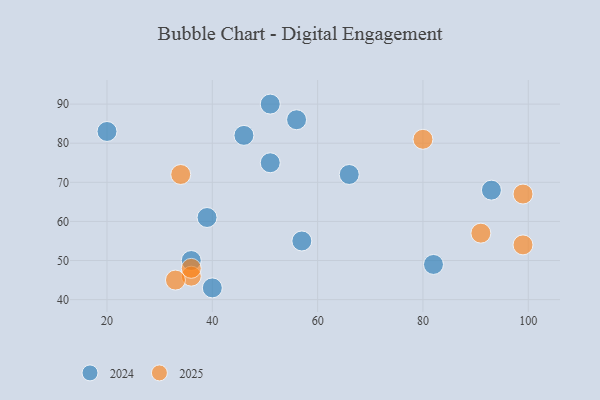
{"axis": {"x": "GDP", "y": "Life Expectancy"}, "legend": ["2024", "2025"], "data": [{"x": "46", "y": 82, "type": "2024"}, {"x": "93", "y": 68, "type": "2024"}, {"x": "66", "y": 72, "type": "2024"}, {"x": "82", "y": 49, "type": "2024"}, {"x": "20", "y": 83, "type": "2024"}, {"x": "39", "y": 61, "type": "2024"}, {"x": "56", "y": 86, "type": "2024"}, {"x": "57", "y": 55, "type": "2024"}, {"x": "51", "y": 75, "type": "2024"}, {"x": "36", "y": 50, "type": "2024"}, {"x": "51", "y": 90, "type": "2024"}, {"x": "40", "y": 43, "type": "2024"}, {"x": "99", "y": 67, "type": "2025"}, {"x": "34", "y": 72, "type": "2025"}, {"x": "80", "y": 81, "type": "2025"}, {"x": "36", "y": 46, "type": "2025"}, {"x": "33", "y": 45, "type": "2025"}, {"x": "91", "y": 57, "type": "2025"}, {"x": "99", "y": 54, "type": "2025"}, {"x": "36", "y": 48, "type": "2025"}]}